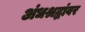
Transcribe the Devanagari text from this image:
अंधश्रद्धांवर